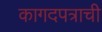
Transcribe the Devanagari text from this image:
कागदपत्राची